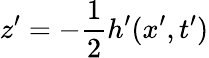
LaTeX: z^{\prime}=-\frac{1}{2}h^{\prime}(x^{\prime},t^{\prime})